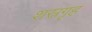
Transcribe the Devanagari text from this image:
शस्रगृह